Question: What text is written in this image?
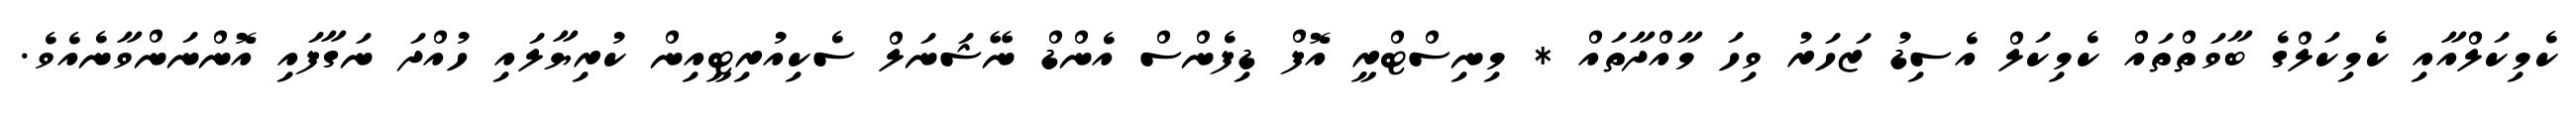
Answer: ކެމިކަލްއާއި ކެމިކަލްގެ ބާވަތްތައް ކެމިކަލް އެސިޑު ޒަހަރު ވިހަ މާއްދާތައް * މިނިސްޓްރީ އޮފް ޑިފެންސް އެންޑް ނޭޝަނަލް ސެކިއުރިޓީއިން ކުރިޔާލައި ހުއްދަ ނަގާފައި އޮންނަންވާނެއެވެ.